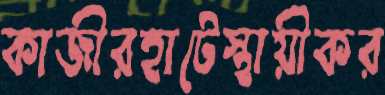
কাজীরহাটেস্থায়ীকর